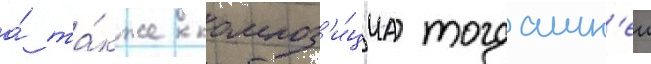
а́ та́кже композ'и́циа тогдашн'еи